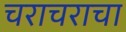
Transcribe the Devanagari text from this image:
चराचराचा